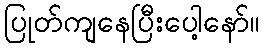
ပြုတ်ကျနေပြီးပေါ့နော်။